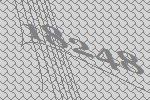
18248